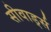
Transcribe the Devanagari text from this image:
सीवार्ड्स